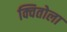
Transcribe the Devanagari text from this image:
क्वितोला